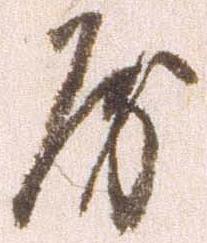
房